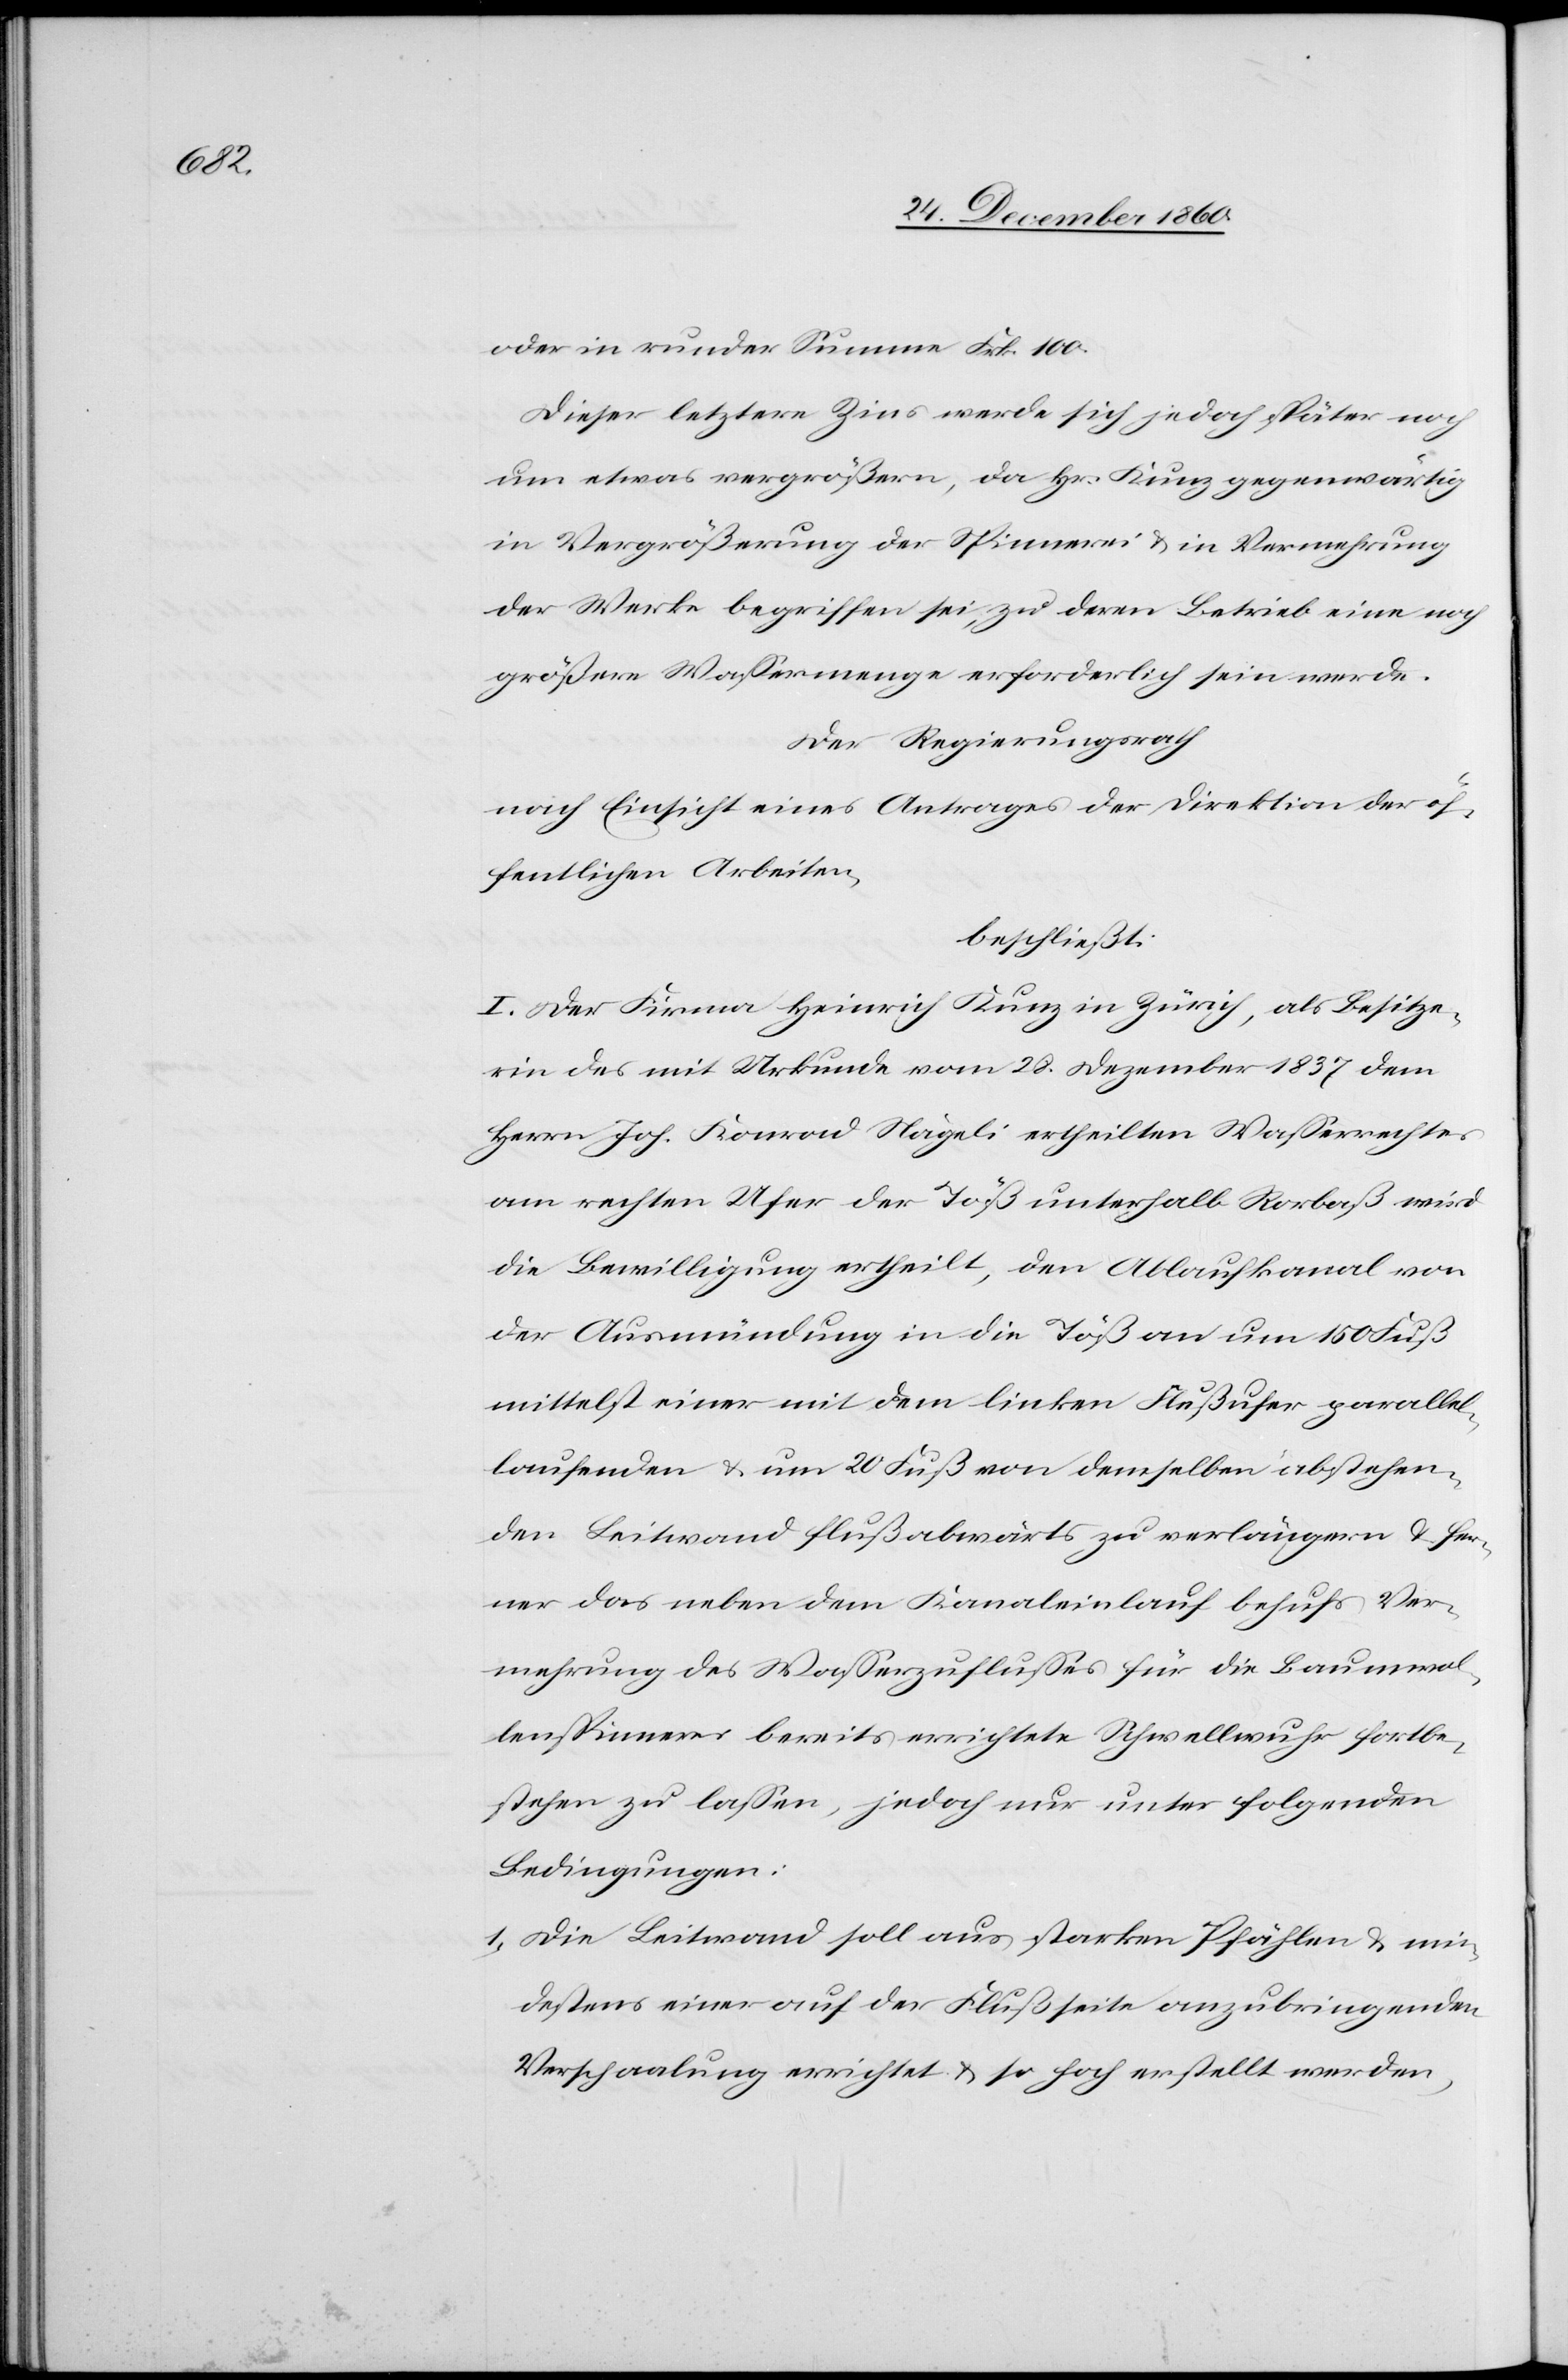
oder in runder Summe Frk. 100.
Dieser letztere Zins werde sich jedoch später noch
um etwas vergrößern, da Hr. Kunz gegenwärtig
in Vergrößerung der Spinnerei u. in Vermehrung
der Werke begriffen sei, zu deren Betrieb eine noch
größere Wassermenge erforderlich sein werde.
Der Regierungsrath
nach Einsicht eines Antrages der Direktion der öf¬
fentlichen Arbeiten,
beschließt:
I. Der Firma Heinrich Kunz in Zürich, als Besitze¬
rin des mit Urkunde vom 28. Dezember 1837 dem
Herrn. Joh. Konrad Nägeli ertheilten Wasserrechtes
am rechten Ufer der Töß unterhalb Rorbaß wird
die Bewilligung ertheilt, den Ablaufkanal von
der Ausmündung in die Töß an um 150 Fuß
mittelst einer mit dem linken Flußufer parallel¬
laufenden u. um 20 Fuß von demselben abstehen¬
den Leitwand flußabwärts zu verlängern u. fer¬
ner das neben dem Kanaleinlauf behufs Ver¬
mehrung des Wasserzuflusses für die Baumwol¬
lenspinnerei bereits errichtete Schwellwuhr fortbe¬
stehend zu lassen, jedoch nur unter folgenden
Bedingungen:
1. Die Leitwand soll aus starken Pfählen u. min¬
destens einer auf der Flußseite anzubringenden
Erschaalung errichtet u. so hoch erstellt werden,